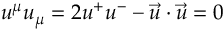
u ^ { \mu } u _ { \mu } = 2 u ^ { + } u ^ { - } - \vec { u } \cdot \vec { u } = 0